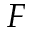
F